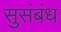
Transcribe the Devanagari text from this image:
सुसंबंध